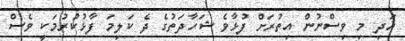
އަދި މި ވިސްނުން އިތުރަށް ފުޅާވެ ޝަހާދަތުގެ ދެ ކަލިމަ ފާޅުކުރުމަކީ ވެސް